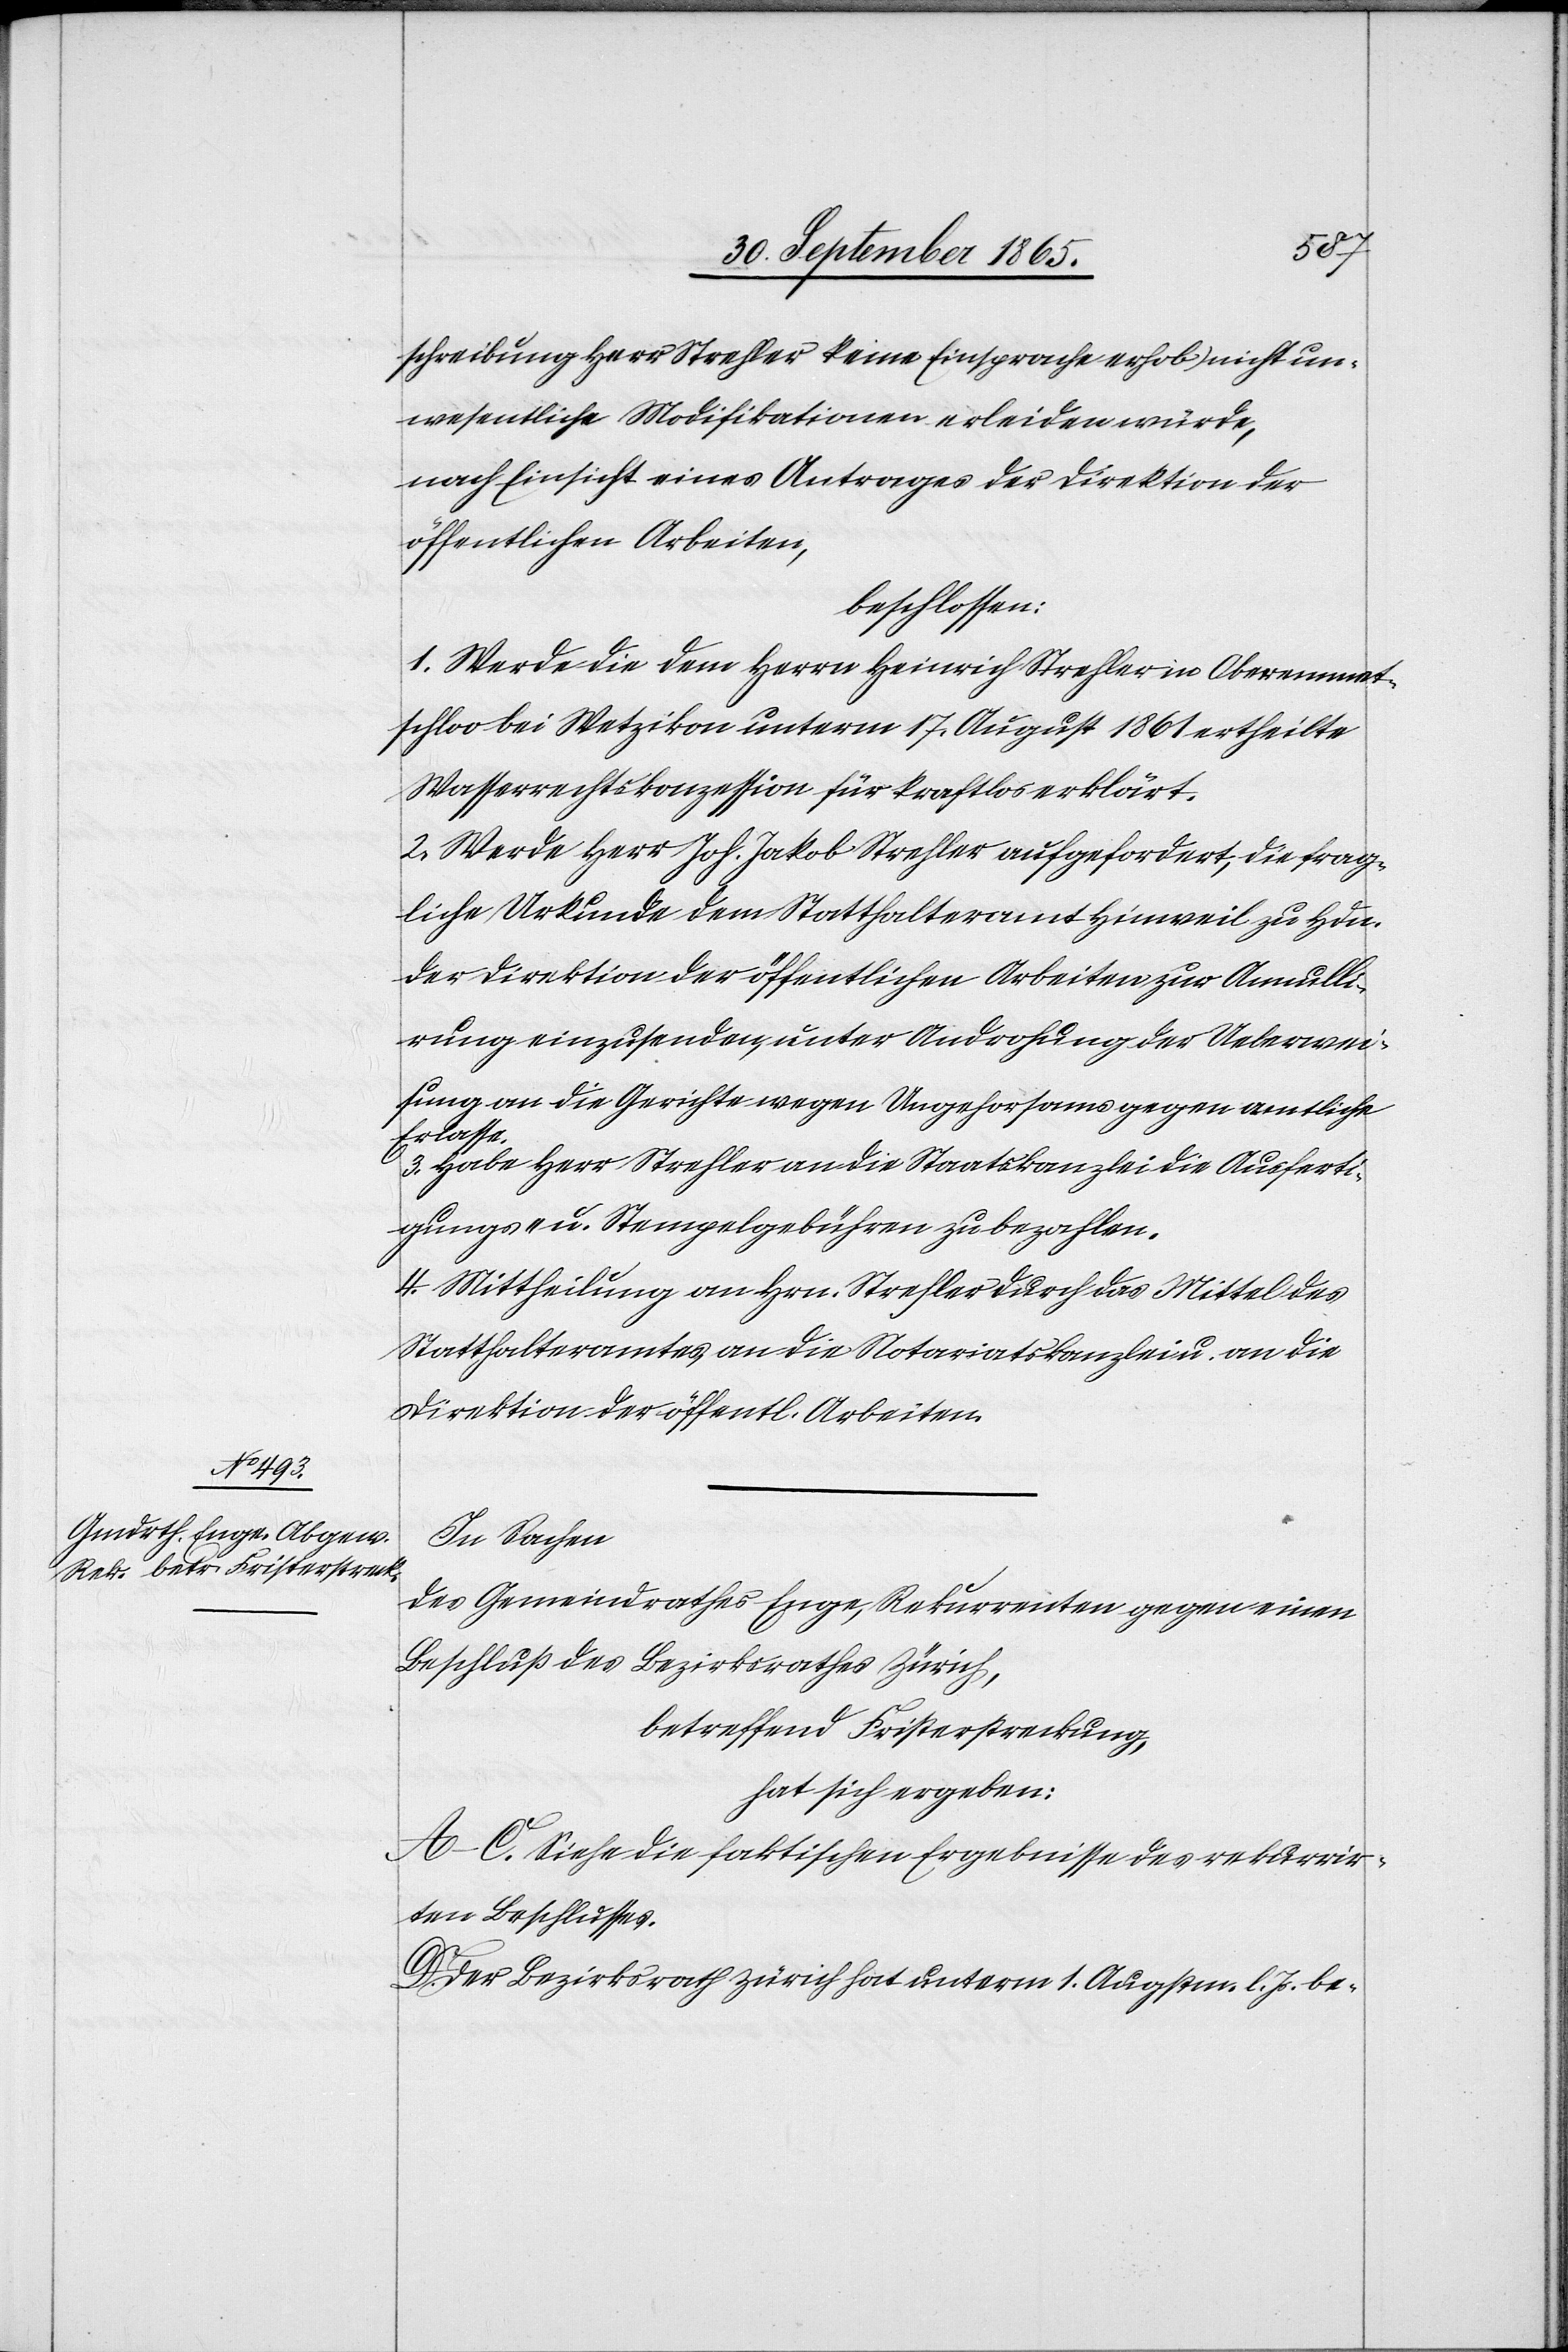
schreibung Herr Strehler keine Einsprache erhob) nicht un¬
wesentliche Modifikationen erleiden würde,
nach Einsicht eines Antrages der Direktion der
öffentlichen Arbeiten,
beschlossen:
1. Werde die dem Herrn Heinrich Strehler in Oberennet¬
schloo bei Wetzikon unterm 17. August 1861 ertheilte
Wasserrechtskonzession für kraftlos erklärt.
2. Werde Herr Joh. Jakob Strehler aufgefordert, die frag¬
liche Urkunde dem Statthalteramt Hinweil zu Hdn.
der Direktion der öffentlichen Arbeiten zur Annulli¬
rung einzusenden, unter Androhung der Ueberwei¬
sung an die Gerichte wegen Ungehorsams gegen amtliche
Erlasse.
3. Habe Herr Strehler an die Staatskanzlei die Ausferti¬
gungs- u. Stempelgebühren zu bezahlen.
4. Mittheilung an Hrn. Strehler durch das Mittel des
Statthalteramtes, an die Notariatskanzlei u. an die
Direktion der öffentl. Arbeiten.
In Sachen
des Gemeindrathes Enge, Rekurrenten gegen einen
Beschluß des Bezirksrathes Zürich,
betreffend Fristerstreckung,
hat sich ergeben:
A–C. Siehe die faktischen Ergebnisse des rekurrir¬
ten Beschlusses.
D. Der Bezirksrath Zürich hat unterm 1. Augstm. l. Js. be-